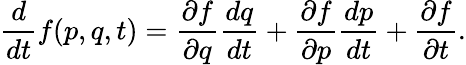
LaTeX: {\frac{d}{dt}}f(p,q,t)={\frac{\partial f}{\partial q}}{\frac{dq}{dt}}+{\frac{\partial f}{\partial p}}{\frac{dp}{dt}}+{\frac{\partial f}{\partial t}}.